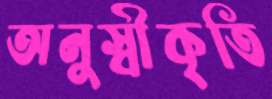
অনুস্বীকৃতি